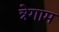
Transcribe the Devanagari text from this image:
त्रेगाम